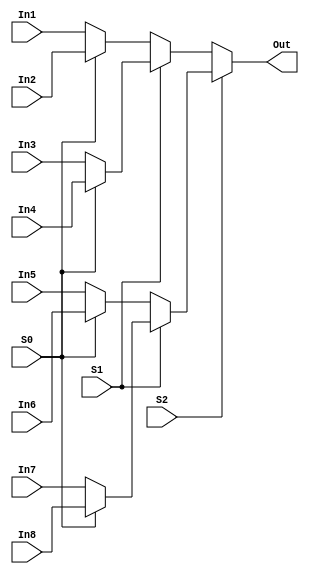
`timescale 1ns / 1ps
//////////////////////////////////////////////////////////////////////////////////
// Company: 
// Engineer: 
// 
// Design Name: 
// Module Name: Mux_Conditional_operator
// Project Name: 
// Target Devices: 
// Tool Versions: 
// Description: 
// 
// Dependencies: 
// 
// Revision:
// Revision 0.01 - File Created
// Additional Comments:
// 
//////////////////////////////////////////////////////////////////////////////////


module Mux_Conditional_operator(Out, S0, S1, S2, In1, In2, In3, In4, In5, In6, In7, In8);
input S0, S1, S2, In1, In2, In3, In4, In5, In6, In7, In8;
output Out;


// 
// assign Out = condition ? True : False;
// assign Out = S ? In2 : In1;    // 2-to-1 
// assign Out = S0 ? (S1 ? In4 : In3) : (S1 ? In2 : In1); // 4-to-1 Mux
// 8-to-1 Mux
assign Out = S2 ? (S1 ? (S0 ? In8 : In7) : (S0 ? In6 : In5)) : (S1 ? (S0 ? In4:In3) : (S0 ? In2 : In1)); 

endmodule